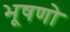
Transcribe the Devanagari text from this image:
भूषणो